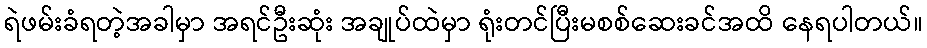
ရဲဖမ်းခံရတဲ့အခါမှာ အရင်ဦးဆုံး အချုပ်ထဲမှာ ရုံးတင်ပြီးမစစ်ဆေးခင်အထိ နေရပါတယ်။